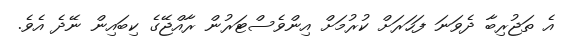
އެ ތަޖުރިބާ ދެވަނަ ފަހަރަށް ކުރުމަށް އިންވެސްޓަރުން ރާއްޖޭގެ ކިބައިން ނޭދެ އެވެ.